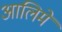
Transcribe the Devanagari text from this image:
आलिमे